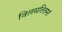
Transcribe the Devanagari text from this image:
विलसतितमां